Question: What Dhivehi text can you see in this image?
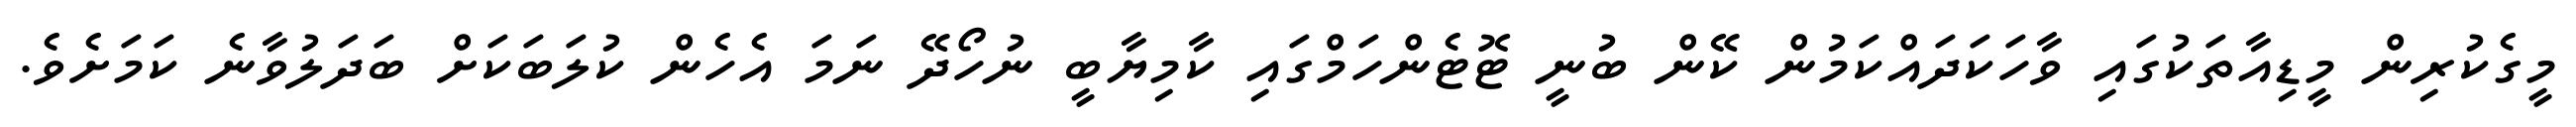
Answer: މީގެކުރިން މީޑިއާތަކުގައި ވާހަކަދައްކަމުން ކޭން ބުނީ ޓޮޓެންހަމްގައި ކާމިޔާބީ ނުހޯދޭ ނަމަ އެހެން ކުލަބަކަށް ބަދަލުވާނެ ކަމަށެވެ.